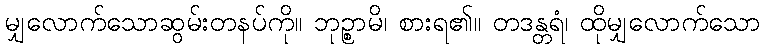
မျှလောက်သောဆွမ်းတနပ်ကို။ ဘုဉ္စာမိ၊ စားရ၏။ တဒန္တရံ၊ ထိုမျှလောက်သော